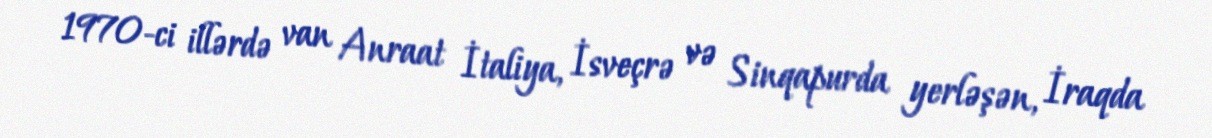
1970-ci illərdə van Anraat İtaliya, İsveçrə və Sinqapurda yerləşən, İraqda